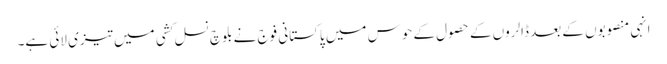
انہی منصوبوں کے بعد ڈالروں کے حصول کے حوس میں پاکستانی فوج نے بلوچ نسل کشی میں تیزی لائی ہے۔